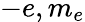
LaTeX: -e,m_{e}